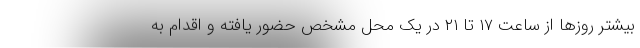
بیشتر روزها از ساعت ۱۷ تا ۲۱ در یک محل مشخص حضور یافته و اقدام به